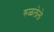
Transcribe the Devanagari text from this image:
रुळलेले